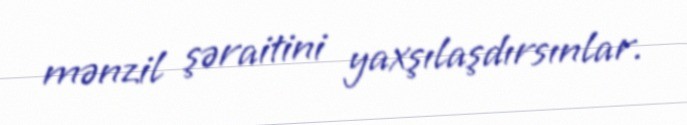
mənzil şəraitini yaxşılaşdırsınlar.